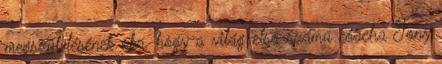
megszületésének oka, hogy a világ első számú coacha Tony